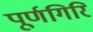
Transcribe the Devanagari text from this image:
पूर्णगिरि